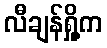
လီချန်ရှို့က